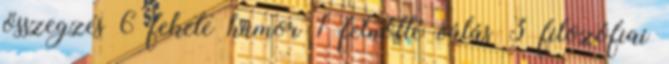
összegzés 6 fekete humor 1 felnőtté válás 3 filozófiai